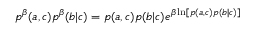
p ^ { \beta } ( a , c ) p ^ { \beta } ( b | c ) = p ( a , c ) p ( b | c ) e ^ { \beta \ln [ p ( a , c ) p ( b | c ) ] }